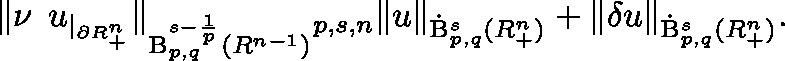
\begin{array} { r } { \lVert \nu \mathbin { \lrcorner } u _ { | _ { \partial \mathbb { R } _ { + } ^ { n } } } \rVert _ { \mathrm { B } _ { p , q } ^ { s - \frac { 1 } { p } } ( \mathbb { R } ^ { n - 1 } ) } \lesssim _ { p , s , n } \lVert u \rVert _ { { \dot { \mathrm { B } } } _ { p , q } ^ { s } ( \mathbb { R } _ { + } ^ { n } ) } + \lVert \mathbf { \delta } u \rVert _ { { \dot { \mathrm { B } } } _ { p , q } ^ { s } ( \mathbb { R } _ { + } ^ { n } ) } \mathrm { . } } \end{array}